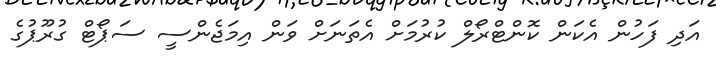
އަދި ފަހުން އެކަން ކޮންޓްރޯލް ކުރުމަށް އެތަނަށް ވަން އިމަޖެންސީ ސަޕޯޓް ގުރޫޕުގެ